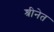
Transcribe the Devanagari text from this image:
श्रीनेत